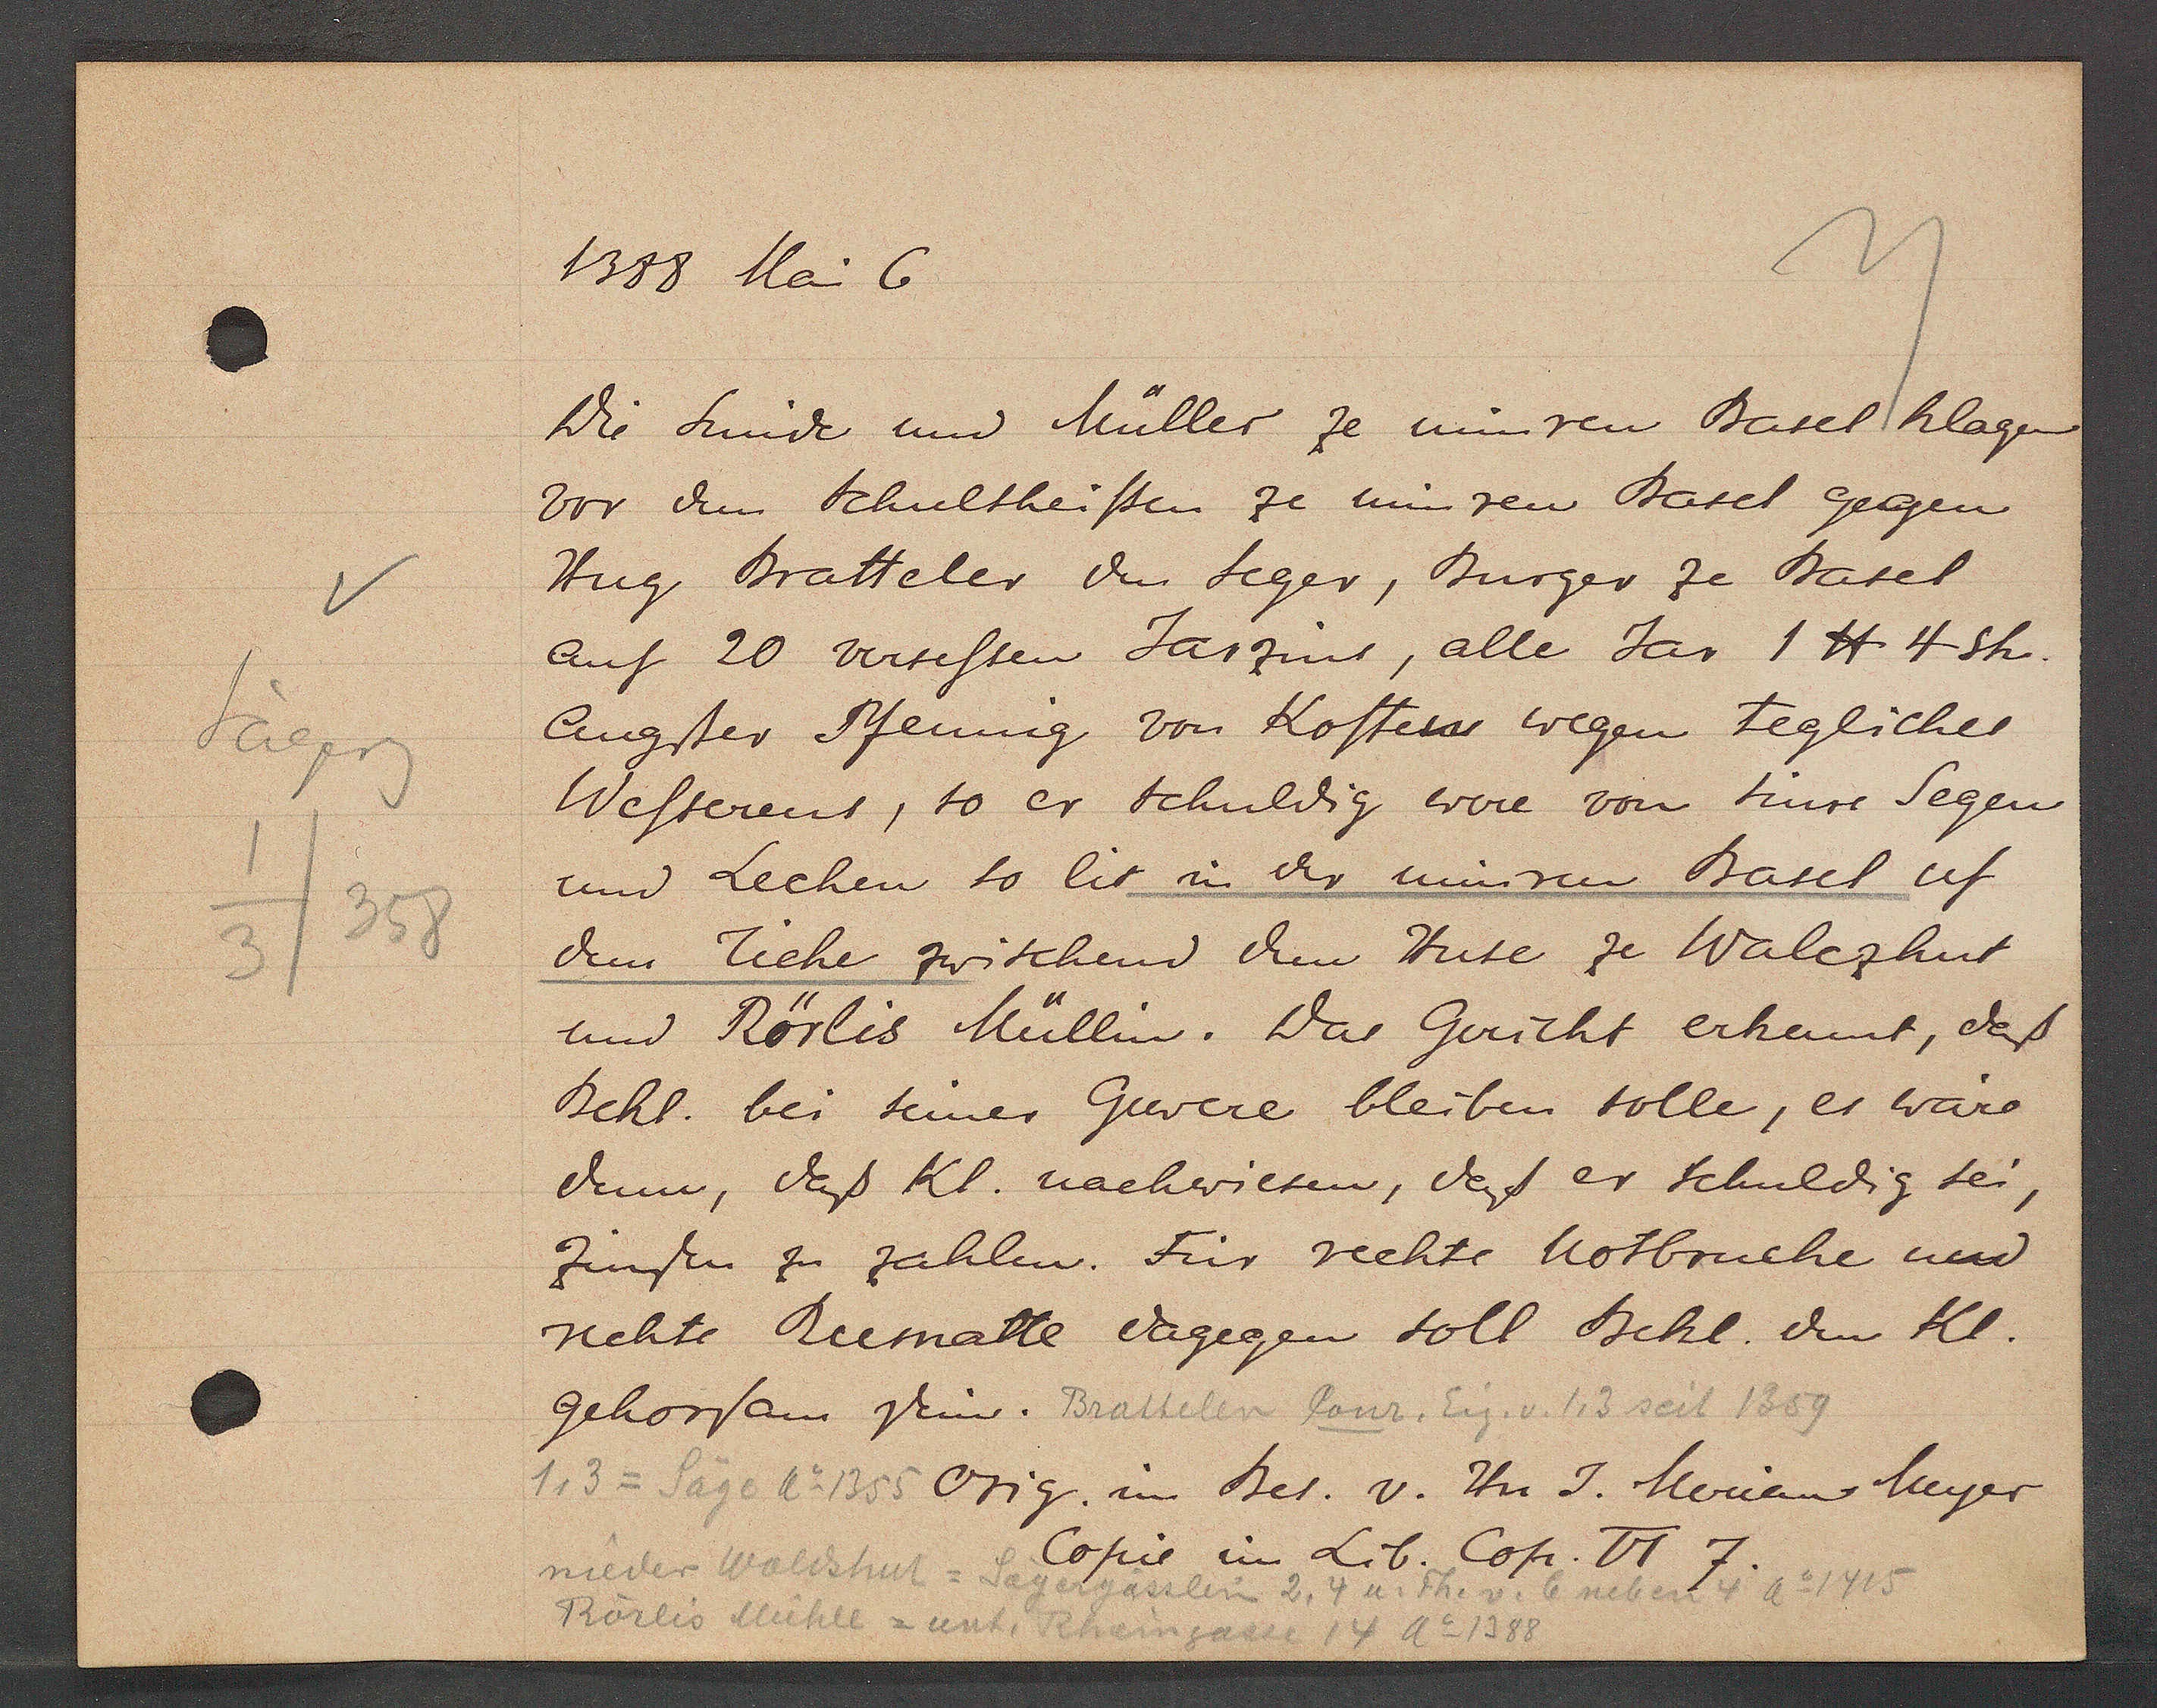
Transcript:
Jägerg
358
1
3

1388 Mai 6.

Die Smide und Müller ze minren Basel klagen
vor dem Schultheissen ze minren Basel gegen
Hug Bratteler den Seger, Burger ze Basel
auf 20 versessen Jarzins, alle Jar 1 ℔ 4 sh.
Augster Pfenning von Kostens wegen Tegliches
Wesserens, so er schuldig were von sinre Segen
und Lechen so lit in der minren Basel uf
dem Tiche zwischend dem Huse ze Walezhut
und Rörlis Müllin. Das Gericht erkennt, das
Bekl. bei seiner Gewere bleiben solle, es wäre
denn, das Kl. nachwiesen, das er schuldig sei,
zinsen zu zahlen. Für rechte Notbruche und
rechte Beematte dagegen soll Bekl. den Kl.
1,3 = Säge Ao 1355
gehorsam sein. Brattelen Conr. Eig. v. 13 seit 1359

Brattelen Conr. Eig. v. 1,3 seit 1359

nieder Waldshut = Sägergässlin 2, 4 u. Th. v. 6 neben 4 Ao 1415
Rörlis Mühle = unt. Rheingasse 14 Ao 1388

Orig. im Bes. v. Hr J. Merian Meyer
Copie im Lib. Cop. II 7.